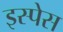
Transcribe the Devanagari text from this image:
इस्पेस